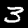
Label: 3